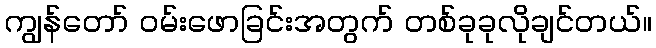
ကျွန်တော် ဝမ်းဖောခြင်းအတွက် တစ်ခုခုလိုချင်တယ်။